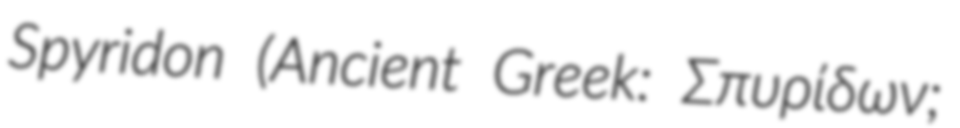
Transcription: Spyridon (Ancient Greek: Σπυρίδων;